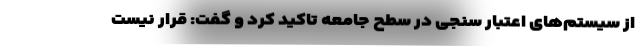
از سیستم‌های اعتبار سنجی در سطح جامعه تاکید کرد و گفت: قرار نیست